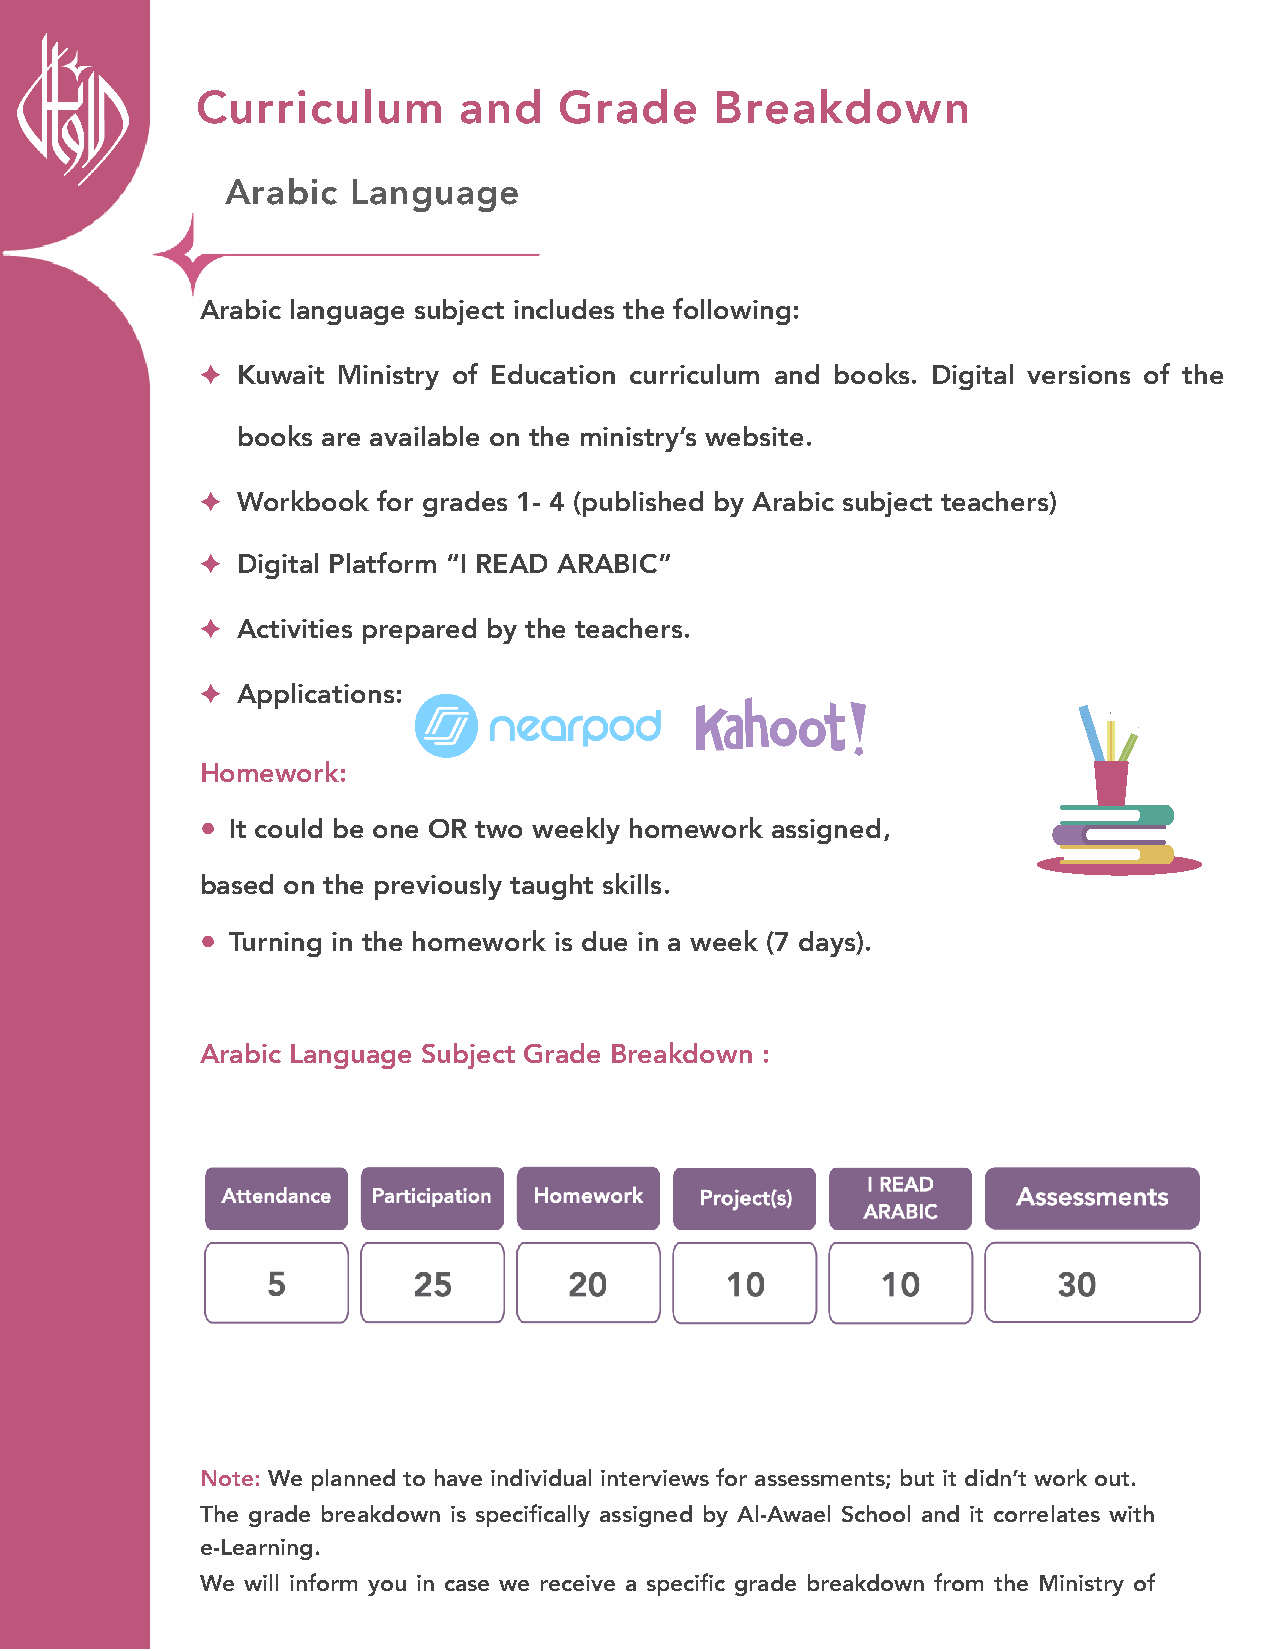
Curriculum       and    Grade     Breakdown
 Arabic  Language
 Arabic language subject includes the following:
 ✦  Kuwait Ministry of Education curriculum and books. Digital versions of the
 books are available on the ministry’s website.
 ✦  Workbook for grades 1- 4 (published by Arabic subject teachers)
 ✦  Digital Platform “I READ ARABIC”
 ✦  Activities prepared by the teachers.
 ✦  Applications:
 Homework:
 • It could be one OR two weekly homework assigned,
 based on the previously taught skills.
 • Turning in the homework is due in a week (7 days).
 Arabic Language Subject Grade Breakdown :
 Note: We planned to have individual interviews for assessments; but it didn’t work out.
 The grade breakdown is specifically assigned by Al-Awael School and it correlates with
 e-Learning.
 We will inform you in case we receive a specific grade breakdown from the Ministry of